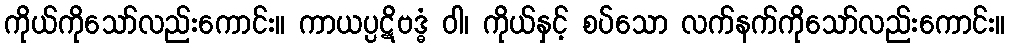
ကိုယ်ကိုသော်လည်းကောင်း။ ကာယပ္ပဋိဗဒ္ဓံ ဝါ၊ ကိုယ်နှင့် စပ်သော လက်နက်ကိုသော်လည်းကောင်း။